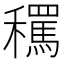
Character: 𱶬